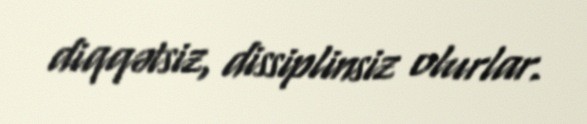
diqqətsiz, dissiplinsiz olurlar.